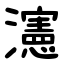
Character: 瀗